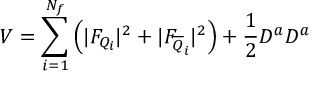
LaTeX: V = \sum _ { i = 1 } ^ { N _ { f } } \left( | F _ { Q _ { i } } | ^ { 2 } + | F _ { \overline { { { Q } } } _ { i } } | ^ { 2 } \right) + \frac { 1 } { 2 } D ^ { a } D ^ { a }